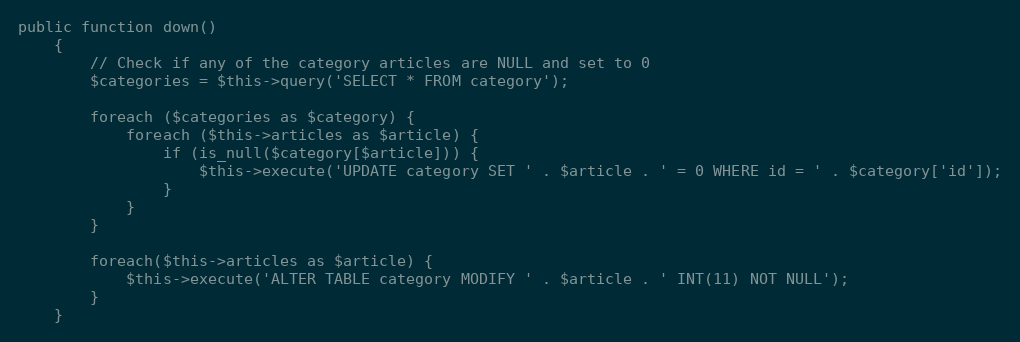
Language: PHP
public function down()
    {
		// Check if any of the category articles are NULL and set to 0
		$categories = $this->query('SELECT * FROM category');

		foreach ($categories as $category) {
			foreach ($this->articles as $article) {
				if (is_null($category[$article])) {
					$this->execute('UPDATE category SET ' . $article . ' = 0 WHERE id = ' . $category['id']);
				}
			}
		}

		foreach($this->articles as $article) {
			$this->execute('ALTER TABLE category MODIFY ' . $article . ' INT(11) NOT NULL');
		}
    }